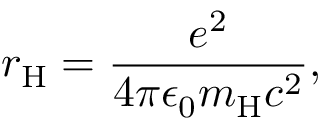
r _ { \mathrm { H } } = { \frac { e ^ { 2 } } { 4 \pi \epsilon _ { 0 } m _ { \mathrm { H } } c ^ { 2 } } } ,